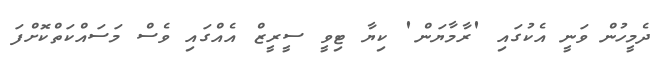
ދެމީހުން ވަނީ އެކުގައި 'ރާމާޔަން' ކިޔާ ޓިވީ ސީރީޒް އެއްގައި ވެސް މަސައްކަތްކޮށްފަ